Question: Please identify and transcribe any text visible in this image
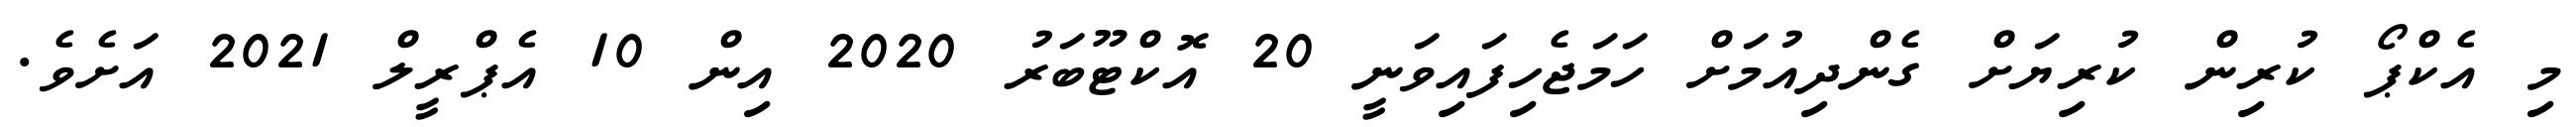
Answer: މި އެކްޕޯ ކުރިން ކުރިޔަށް ގެންދިއުމަށް ހަމަޖެހިފައިވަނީ 20 އޮކްޓޫބަރު 2020 އިން 10 އެޕްރީލް 2021 އަށެވެ.